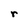
Character: r